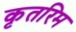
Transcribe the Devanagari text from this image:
कृतरिम